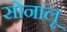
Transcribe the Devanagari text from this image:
सोनालू